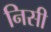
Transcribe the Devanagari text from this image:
निसी